Lunatic asylums in Bengal annual reports 1912-1924 - 1912-1924
Year: 1912
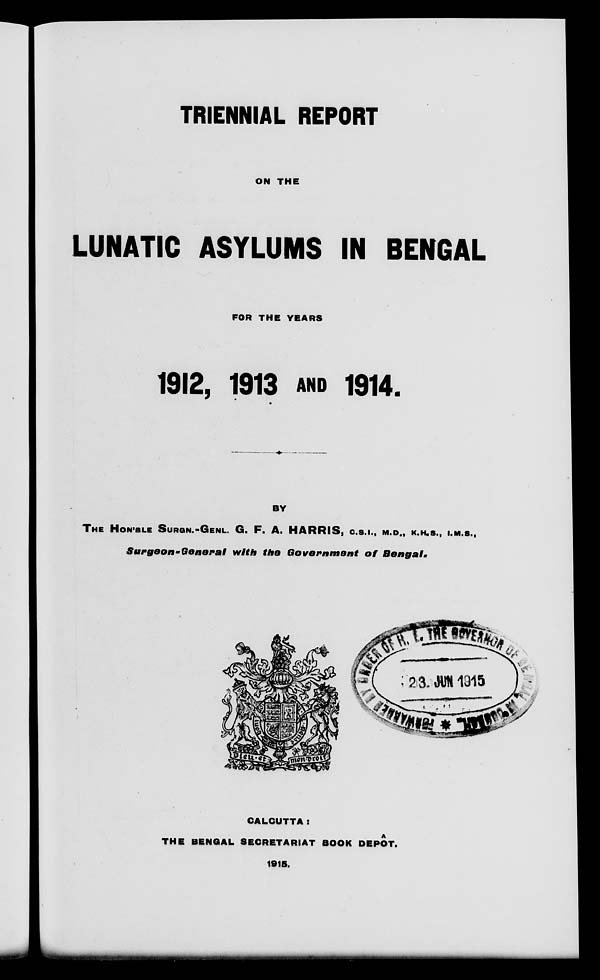
TRIENNIAL REPORT
ON THE
LUNATIC ASYLUMS IN BENGAL
FOR THE YEARS
1912, 1913 AND 1914.
BY
THE HON'BLE SURGN.-GENL. G. F. A. HARRIS. C.S.I., M.D., K.H.S., I.M.S.,
Surgeon-General
with the Government
of
Bengal.
CALCUTTA :
THE BENGAL SECRETARIAT BOOK DEPÔT.
1915.